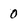
Character: 0